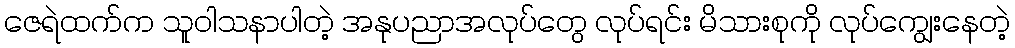
ဇေရဲထက်က သူဝါသနာပါတဲ့ အနုပညာအလုပ်တွေ လုပ်ရင်း မိသားစုကို လုပ်ကျွေးနေတဲ့